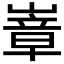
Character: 𭗍